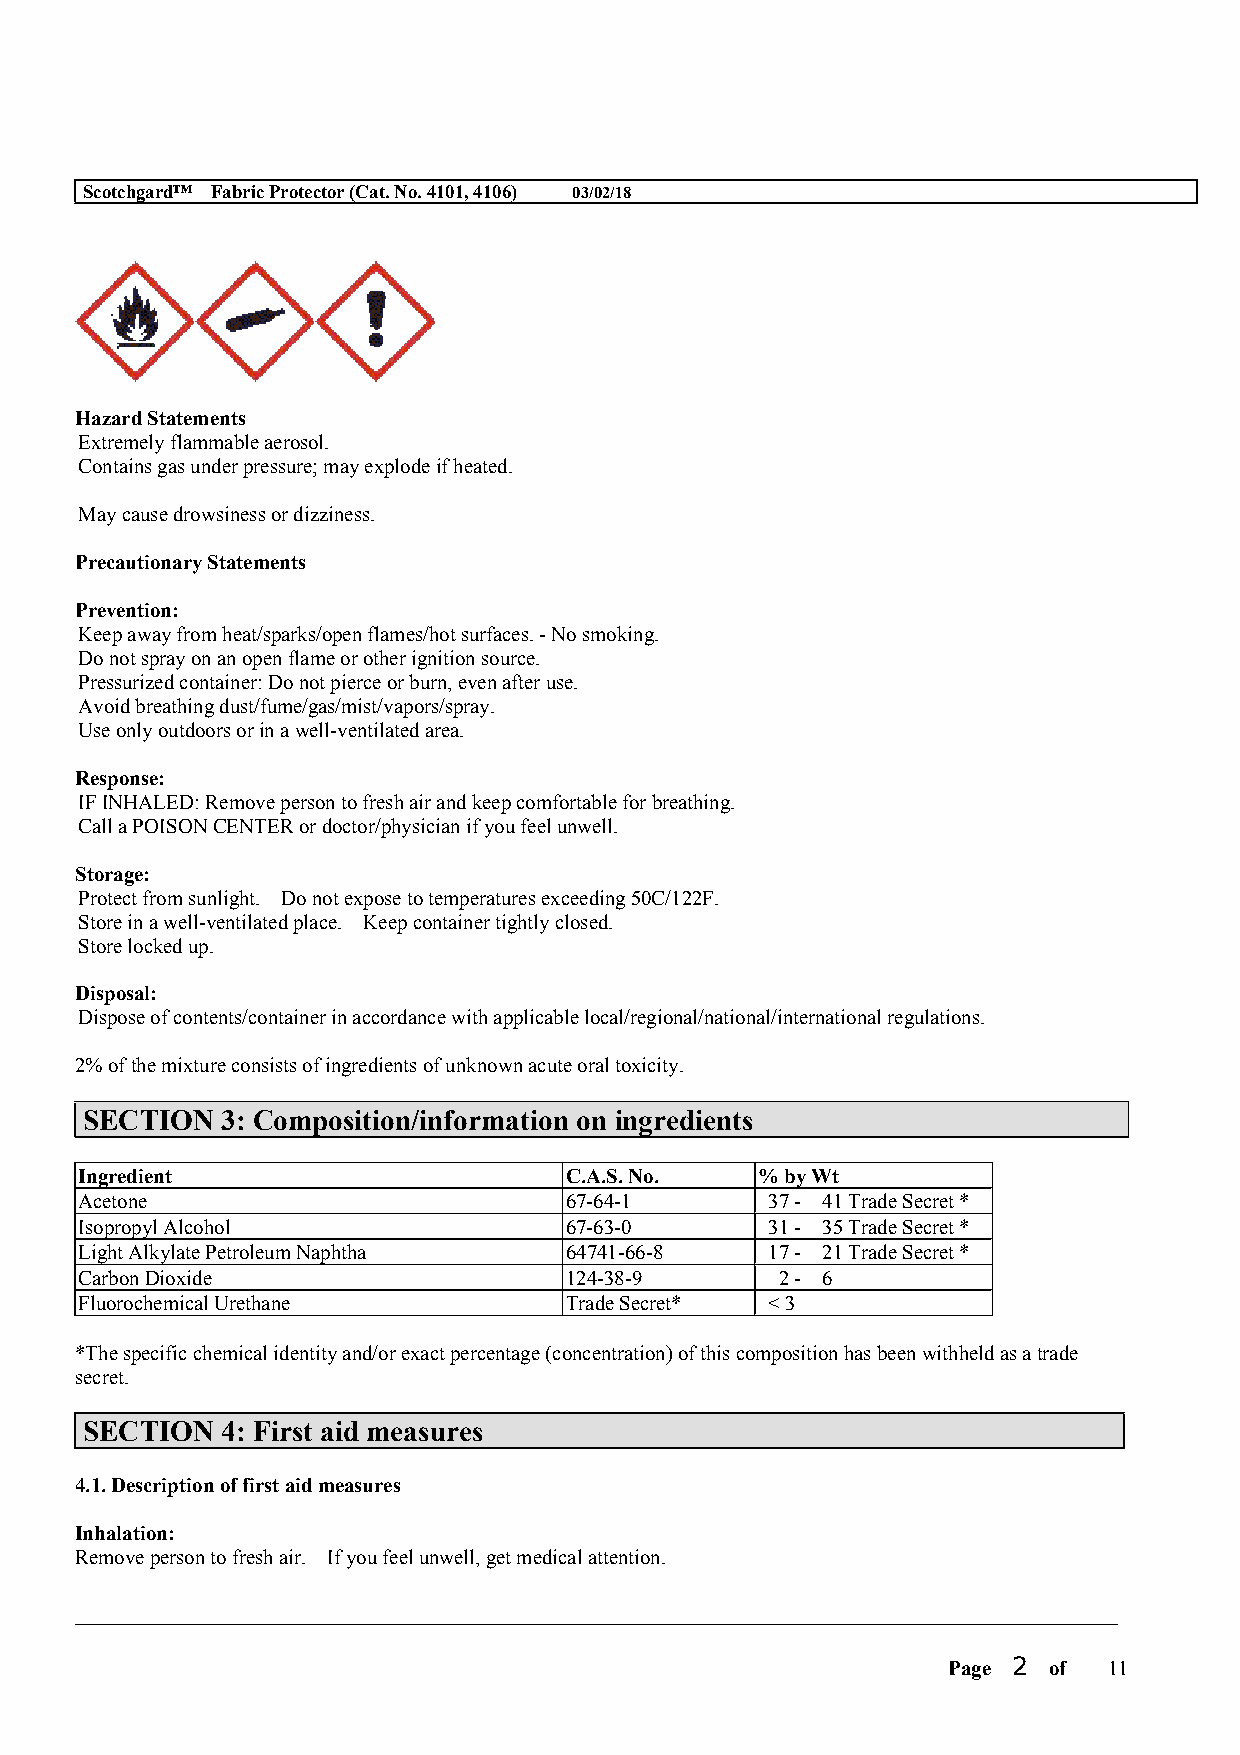
Scotchgard™ Fabric Protector (Cat. No. 4101, 4106) 03/02/18
 Hazard Statements
 Extremely flammable aerosol.
 Contains gas under pressure; may explode if heated.
 May cause drowsiness or dizziness.
 Precautionary Statements
 Prevention:
 Keep away from heat/sparks/open flames/hot surfaces. - No smoking.
 Do not spray on an open flame or other ignition source.
 Pressurized container: Do not pierce or burn, even after use.
 Avoid breathing dust/fume/gas/mist/vapors/spray.
 Use only outdoors or in a well-ventilated area.
 Response:
 IF INHALED: Remove person to fresh air and keep comfortable for breathing.
 Call a POISON CENTER or doctor/physician if you feel unwell.
 Storage:
 Protect from sunlight. Do not expose to temperatures exceeding 50C/122F.
 Store in a well-ventilated place. Keep container tightly closed.
 Store locked up.
 Disposal:
 Dispose of contents/container in accordance with applicable local/regional/national/international regulations.
 2% of the mixture consists of ingredients of unknown acute oral toxicity.
 SECTION   3: Composition/information on ingredients
 Ingredient                      C.A.S. No.   % by Wt
 Acetone                         67-64-1       37 - 41 Trade Secret *
 Isopropyl Alcohol               67-63-0       31 - 35 Trade Secret *
 Light Alkylate Petroleum Naphtha 64741-66-8   17 - 21 Trade Secret *
 Carbon Dioxide                  124-38-9       2 - 6
 Fluorochemical Urethane         Trade Secret* < 3
 *The specific chemical identity and/or exact percentage (concentration) of this composition has been withheld as a trade
 secret.
 SECTION   4: First aid measures
 4.1. Description of first aid measures
 Inhalation:
 Remove person to fresh air. If you feel unwell, get medical attention.
 __________________________________________________________________________________________
 Page 2 of 11